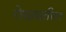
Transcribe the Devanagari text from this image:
रोख्यातील